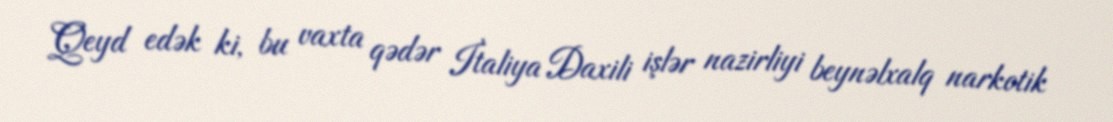
Qeyd edək ki, bu vaxta qədər İtaliya Daxili işlər nazirliyi beynəlxalq narkotik